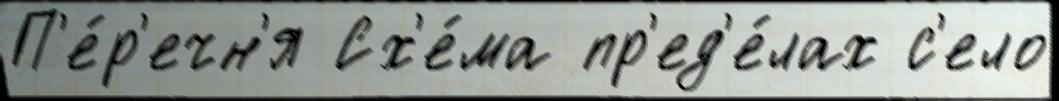
П'е́р'ечн'я Сх'е́ма пр'ед'е́лах с'ело